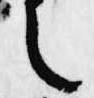
之